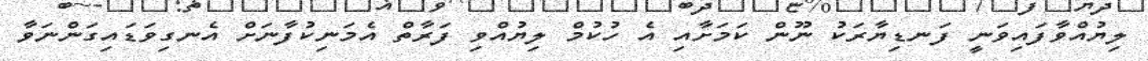
ލިޔުއްވާފައިވަނީ ފަނޑިޔާރަކު ނޫން ކަމަށާއި އެ ހުކުމް ލިޔުއްވި ފަރާތް އެމަނިކުފާނަށް އެނގިވަޑައިގަންނަވާ